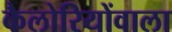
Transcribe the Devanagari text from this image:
कैलोरियोंवाला